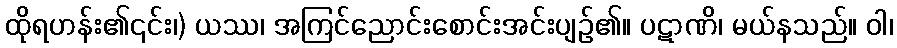
ထိုရဟန်း၏၎င်း၊) ယဿ၊ အကြင်ညောင်းစောင်းအင်းပျဉ်၏။ ပဋာဏိ၊ မယ်နသည်။ ဝါ၊